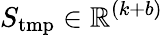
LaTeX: S_{\mathrm{tmp}}\in\mathbb{R}^{(k+b)}